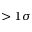
> 1 \sigma